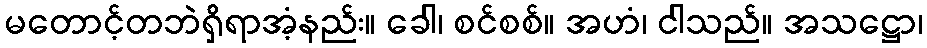
မတောင့်တဘဲရှိရာအံ့နည်း။ ခေါ၊ စင်စစ်။ အဟံ၊ ငါသည်။ အသဋ္ဌော၊